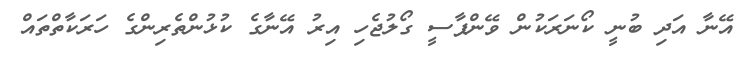
އޭނާ އަދި ބުނީ ކޯނަރަކުން ވޭންޕާސީ ގޯލުޖެހި އިރު އޭނާގެ ކުޅުންތެރިންގެ ހަރަކާތްތައް